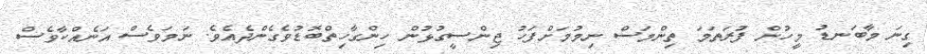
ގިނަ މާބަނޑު މީހުން ފުރަތަމަ ތިންމަސް ނިމުމަށްފަހު ޖިންސީގުޅުން ހިންގާހިތްބޮޑުވެގެންދެއެވެ. ނަމަވެސް އަނެއްކާވެސް